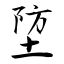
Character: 埅